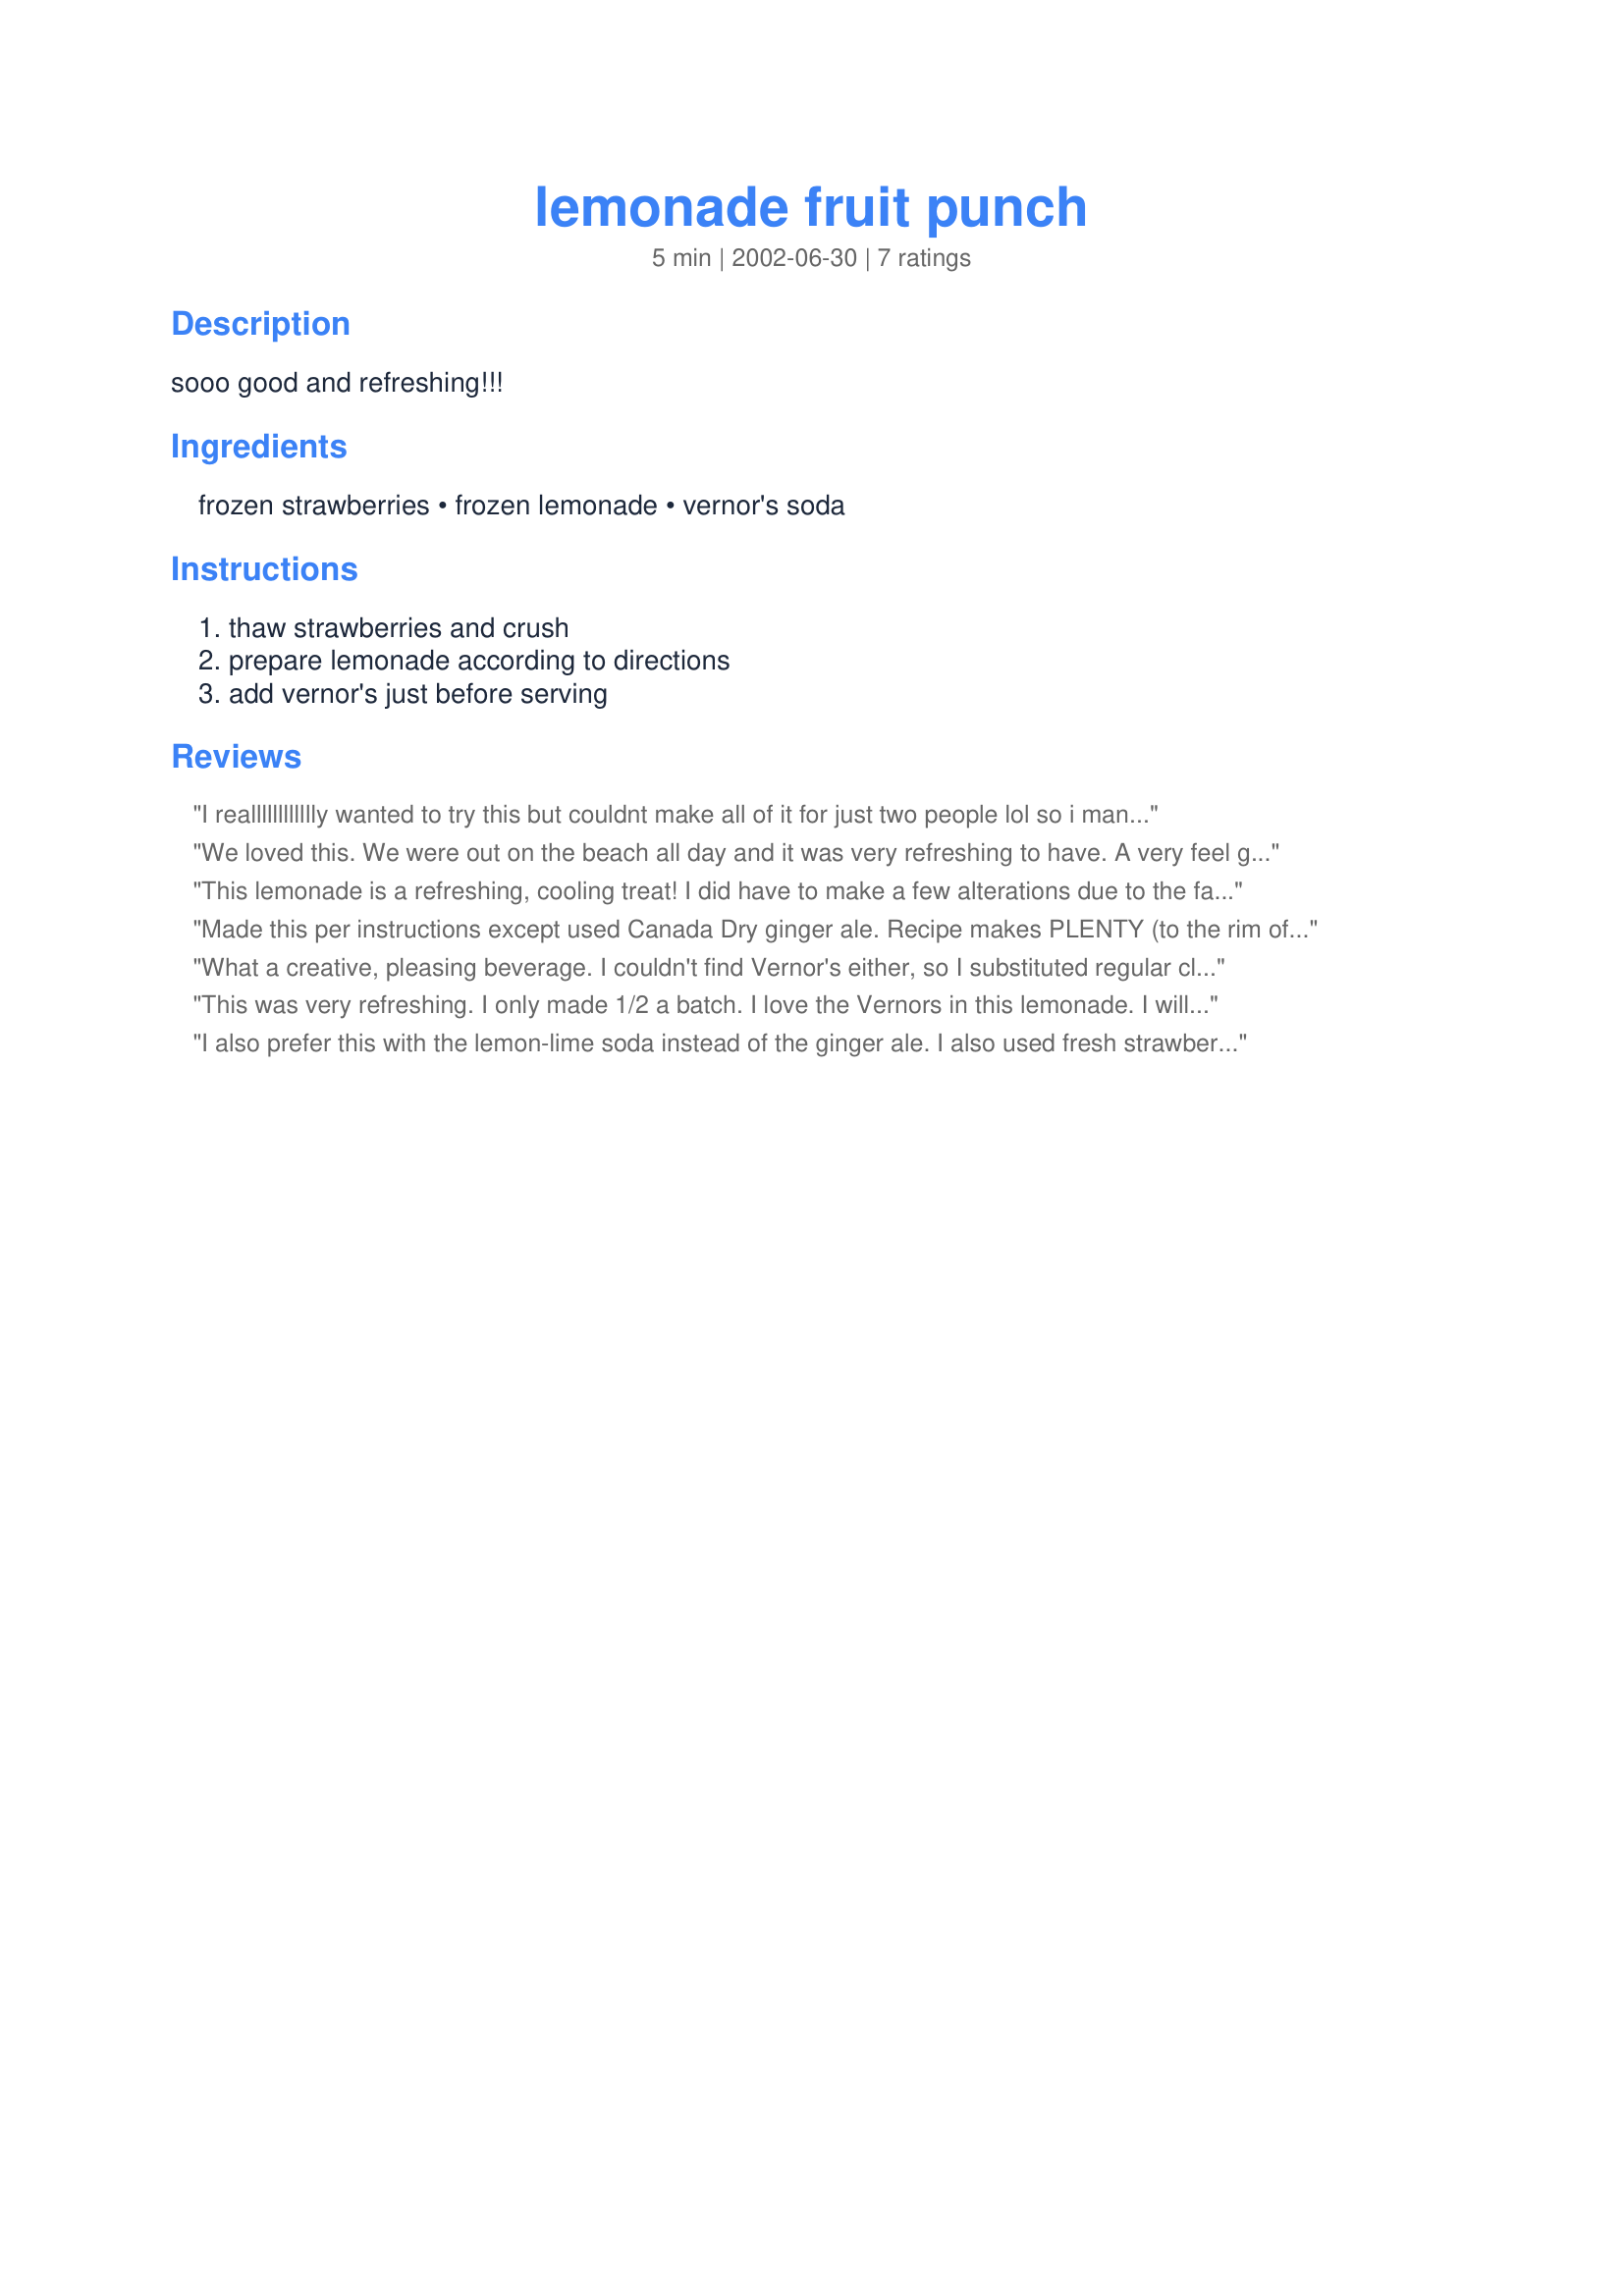
lemonade fruit punch
Preparation time: 5 minutes

sooo good and refreshing!!!

Ingredients:
frozen strawberries, frozen lemonade, vernor's soda

Steps:
thaw strawberries and crush, prepare lemonade according to directions, add vernor's just before serving

Reviews:
I realllllllllllly wanted to try this but couldnt make all of it for just two people lol so i managed to cut it down some (saved a bit of it) and BOY! I am glad i took the time to cut it down.. it was wonderful!!! I think Im going to plan a cookout here at home next weekend just so I can make this again lol :-) thanks for the recipe!!! It's so refreshing and the taste is spectacular!
We loved this. We were out on the beach all day and it was very refreshing to have. A very feel good and cheerful drink. I think it will become a summer favorite. I had to change it a little though. I used mixed berries and club soda.
This lemonade is a refreshing, cooling treat! I did have to make a few alterations due to the fact that I could not find Vernor's soda in my area. I also substituted raspberries for strawberries as that was all I had on hand. I used one 12 oz can lemonade concentrate, 2-1 liter bottles club soda, 1 package frozen raspberries - defrosted, crushed and strained. Mixed them all together and garnished with freshly sliced lemon! Delicious!
Made this per instructions except used Canada Dry ginger ale. Recipe makes PLENTY (to the rim of the punch bowl), but I would recommend using Sprite instead of ginger ale to offset the tartness of the lemonade. It really needed a sweeter soda mixed with it to enhance the flavor.
What a creative, pleasing beverage. I couldn't find Vernor's either, so I substituted regular club soda. The color of this drink was beautiful served in champagne flutes. I dropped a whole strawberry in the bottom of the glass. Very tasty, and a very versatile recipe. Thanks, Dana for sharing another of your wonderful recipes!
This was very refreshing. I only made 1/2 a batch. I love the Vernors in this lemonade. I will be making this alot during the summer.
I also prefer this with the lemon-lime soda instead of the ginger ale. I also used fresh strawberries with a little sugar, for they were in season. I used it for a bridal shower, and everyone raved about it. I had leftover and I drank it all! It was so good!
